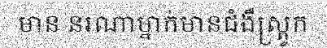
មាន នរណាម្នាក់មានជំងឺស្ត្រូក